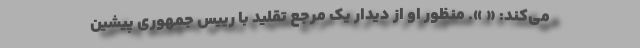
می‌کند: « ». منظور او از دیدار یک مرجع تقلید با رییس جمهوری پیشین